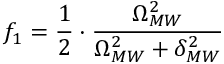
f _ { 1 } = \frac { 1 } { 2 } \cdot \frac { \Omega _ { M W } ^ { 2 } } { \Omega _ { M W } ^ { 2 } + \delta _ { M W } ^ { 2 } }